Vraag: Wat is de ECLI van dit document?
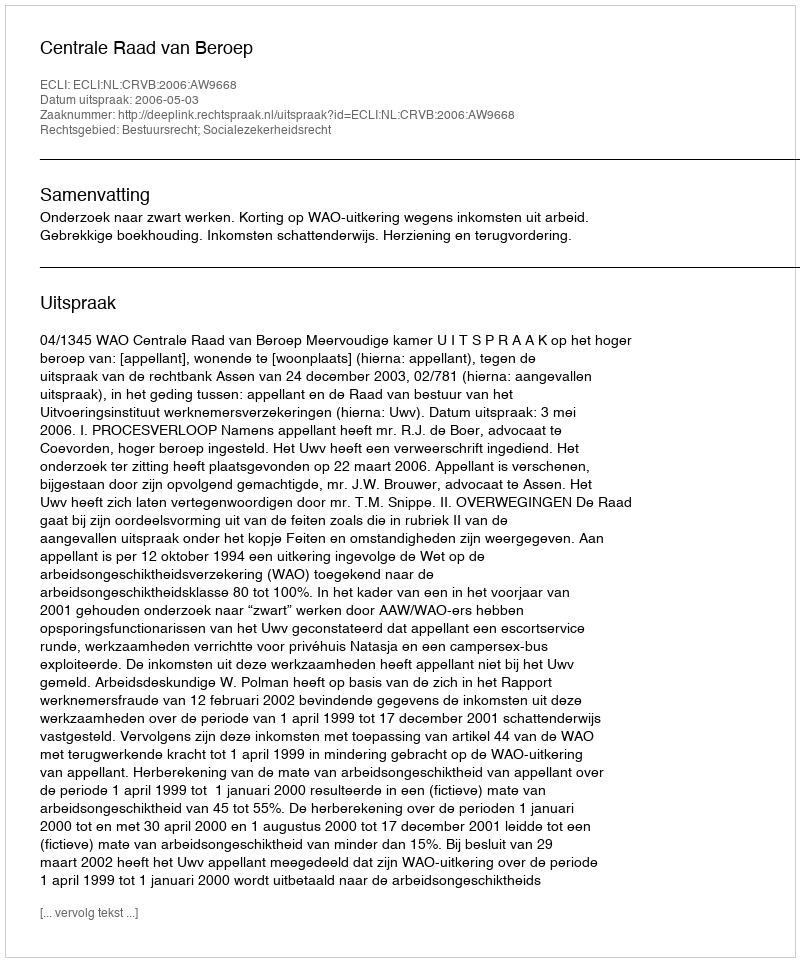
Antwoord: ECLI:NL:CRVB:2006:AW9668